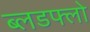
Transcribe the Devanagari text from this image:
ब्लडफ्लो